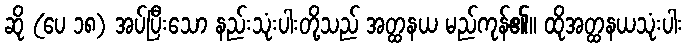
ဆို (ပေ ၁၈) အပ်ပြီးသော နည်းသုံးပါးတို့သည် အတ္ထနယ မည်ကုန်၏။ ထိုအတ္ထနယသုံးပါး